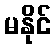
မနိုင်